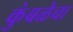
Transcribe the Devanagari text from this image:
कुंबळेचा